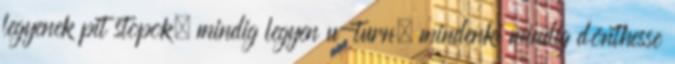
legyenek pit stopok, mindig legyen u-turn, mindenki mindig dönthesse